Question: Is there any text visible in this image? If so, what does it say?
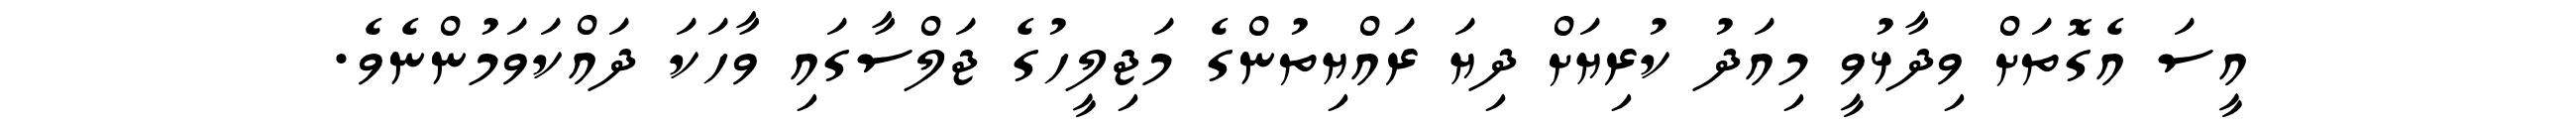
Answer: އީސަ އެގޮތަށް ވިދާޅުވީ މިއަދު ކުރިޔަށް ދިޔަ ރައްޔިތުންގެ މަޖިލީހުގެ ޖަލްސާގައި ވާހަކަ ދައްކަވަމުންނެވެ.